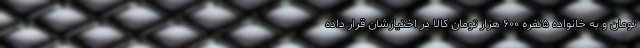
تومان و به خانواده ۵نفره ۶۰۰ هزار تومان کالا در اختیارشان قرار داده